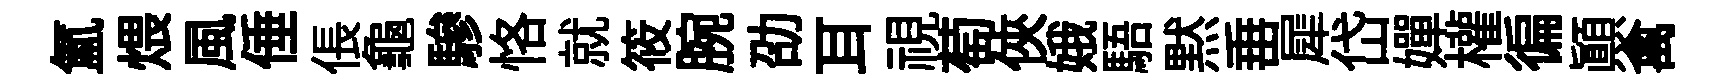
氲煨風倕倀龜驂恪就筱腕劭耳視萄俠娥䮏黙𡸁犀岱嬋權徧顛禽